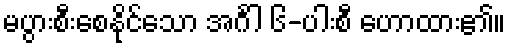
မပွားစီးစေနိုင်သော အင်္ဂါ ၆-ပါးစီ ဟောထား၏။